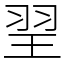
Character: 䍿